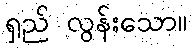
ရှည် လွန်းသော။